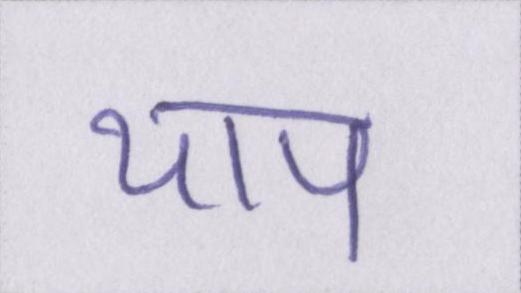
थाप